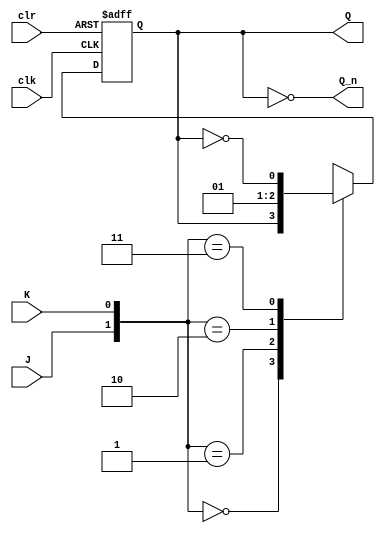
/*===========JK-FLIP-FLOP===========
Tenemos que asegurarnos que solo 
cambie de valor cuando el relo esta
en una de las transiciones para que
sea un flip-flop.
Recordemos:
1. 2 input: J K
2. Characteristic Table:
    J K| Q(t+1)
    ----------
    0 0| Q(t)  
    0 1| 0     (reset)
    1 0| 1     (set)
    1 1| Q(t)' 
3. Hace 3 de las 3 operaciones: 
        complemento, set y reset
*/
module jk_ff (output reg  Q, output Q_n, input J, K, clr, clk);
    assign Q_n = ~Q;
    always @ (posedge clk, negedge clr) //este tiene un clear asincronico y cambia si clr es 0
        if (!clr) Q <= 1'b0;
        else 
            case ({J,K})
                2'b00 : Q <= Q;
                2'b01 : Q <= 1'b0;
                2'b10 : Q <= 1'b1;
                2'b11 : Q <= !Q;
            endcase
endmodule